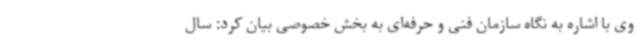
وی با اشاره به نگاه سازمان فنی و حرفه‌ای به بخش خصوصی بیان کرد: سال